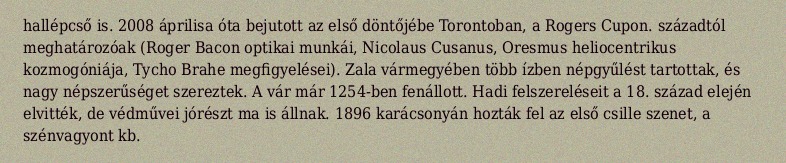
hallépcső is. 2008 áprilisa óta bejutott az első döntőjébe Torontoban, a Rogers Cupon. századtól meghatározóak (Roger Bacon optikai munkái, Nicolaus Cusanus, Oresmus heliocentrikus kozmogóniája, Tycho Brahe megfigyelései). Zala vármegyében több ízben népgyűlést tartottak, és nagy népszerűséget szereztek. A vár már 1254-ben fenállott. Hadi felszereléseit a 18. század elején elvitték, de védművei jórészt ma is állnak. 1896 karácsonyán hozták fel az első csille szenet, a szénvagyont kb.